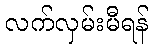
လက်လှမ်းမီရန်